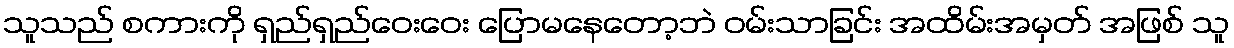
သူသည် စကားကို ရှည်ရှည်ဝေးဝေး ပြောမနေတော့ဘဲ ဝမ်းသာခြင်း အထိမ်းအမှတ် အဖြစ် သူ